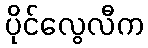
ပိုင်လွေလီက